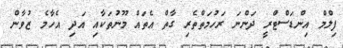
ފިލްމް އިންޑަސްޓްރީ ދަންނަ ރަހުމަތްތެރި ގާތް އެތައް މޫނުތަކާއި އަދި އެހާމެ ޒުވާން